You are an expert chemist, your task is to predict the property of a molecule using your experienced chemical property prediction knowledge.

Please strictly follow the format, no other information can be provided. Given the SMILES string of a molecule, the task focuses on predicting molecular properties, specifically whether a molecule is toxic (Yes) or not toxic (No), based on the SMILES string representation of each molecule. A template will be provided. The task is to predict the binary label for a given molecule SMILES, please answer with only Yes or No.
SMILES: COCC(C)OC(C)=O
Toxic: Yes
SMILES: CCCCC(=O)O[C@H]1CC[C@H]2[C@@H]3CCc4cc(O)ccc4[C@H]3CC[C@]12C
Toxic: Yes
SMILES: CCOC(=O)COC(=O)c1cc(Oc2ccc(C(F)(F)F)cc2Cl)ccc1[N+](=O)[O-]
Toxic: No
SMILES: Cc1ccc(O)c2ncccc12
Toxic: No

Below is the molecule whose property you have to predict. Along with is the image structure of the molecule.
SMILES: CCOC(=O)CC#N
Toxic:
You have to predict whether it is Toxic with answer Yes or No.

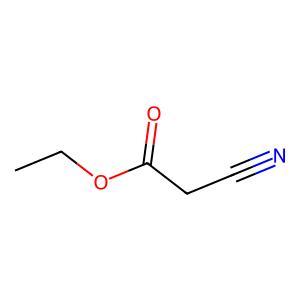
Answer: No